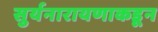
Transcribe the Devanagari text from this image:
सुर्यनारायणाकडून